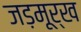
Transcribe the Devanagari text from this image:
जड़मूर्ख